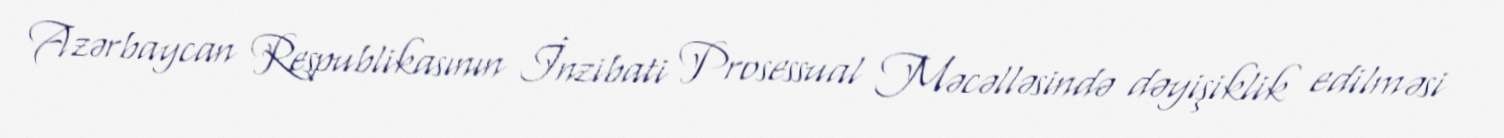
Azərbaycan Respublikasının İnzibati Prosessual Məcəlləsində dəyişiklik edilməsi